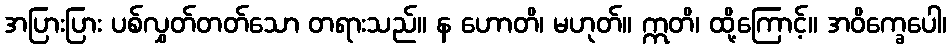
အပြားပြား ပစ်လွှတ်တတ်သော တရားသည်။ န ဟောတိ၊ မဟုတ်။ ဣတိ၊ ထို့ကြောင့်။ အဝိက္ခေပေါ၊